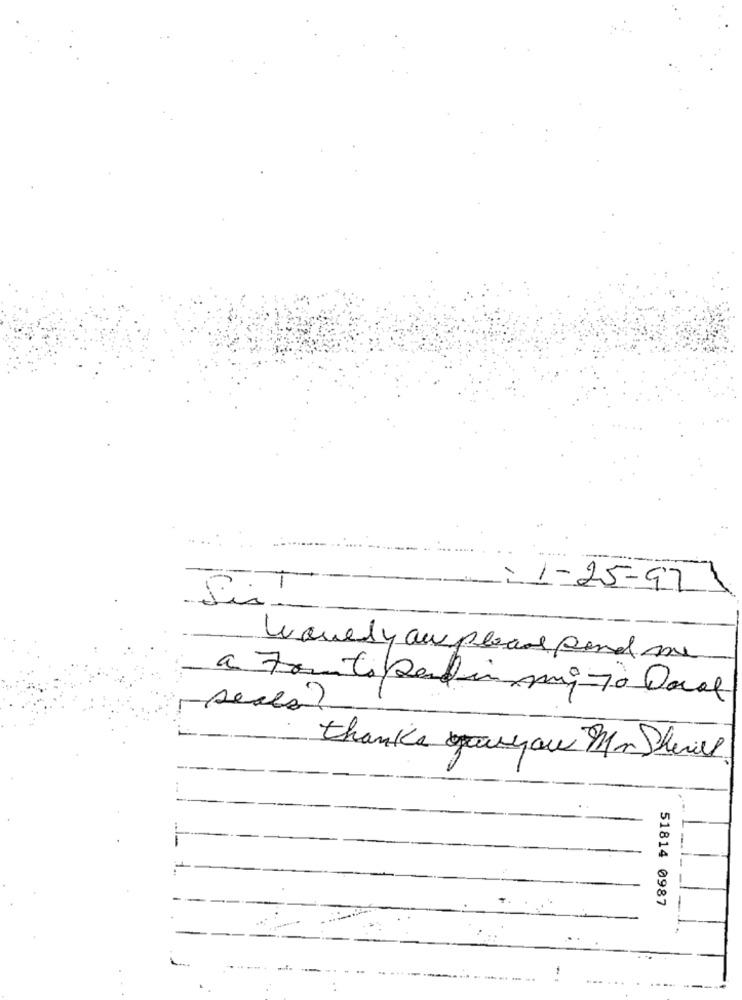
-
1-25-921
Lovely aw please send me
seres?
thanks youyou Mm Shewill
51814 0987